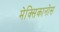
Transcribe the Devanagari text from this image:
मेक्सिकानोस